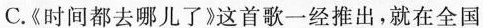
C.《时间都去哪儿了》这首歌一经推出，就在全国